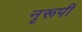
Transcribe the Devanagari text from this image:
नृरूपी